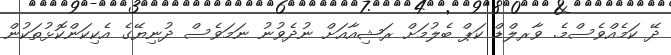
ދޭ ކަމެއްވެސްމެ. ވާރލްޑް ކަޕް ބެލުމަށް ރަޝިއާއަށް ނުދެވުނު ނަމަވެސް ދުނިޔޭގެ އެކިކަންކޮޅުތަކުން